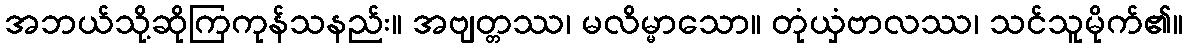
အဘယ်သို့ဆိုကြကုန်သနည်း။ အဗျတ္တဿ၊ မလိမ္မာသော။ တုံယှံဗာလဿ၊ သင်သူမိုက်၏။